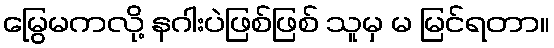
မြွေမကလို့ နဂါးပဲဖြစ်ဖြစ် သူမှ မ မြင်ရတာ။